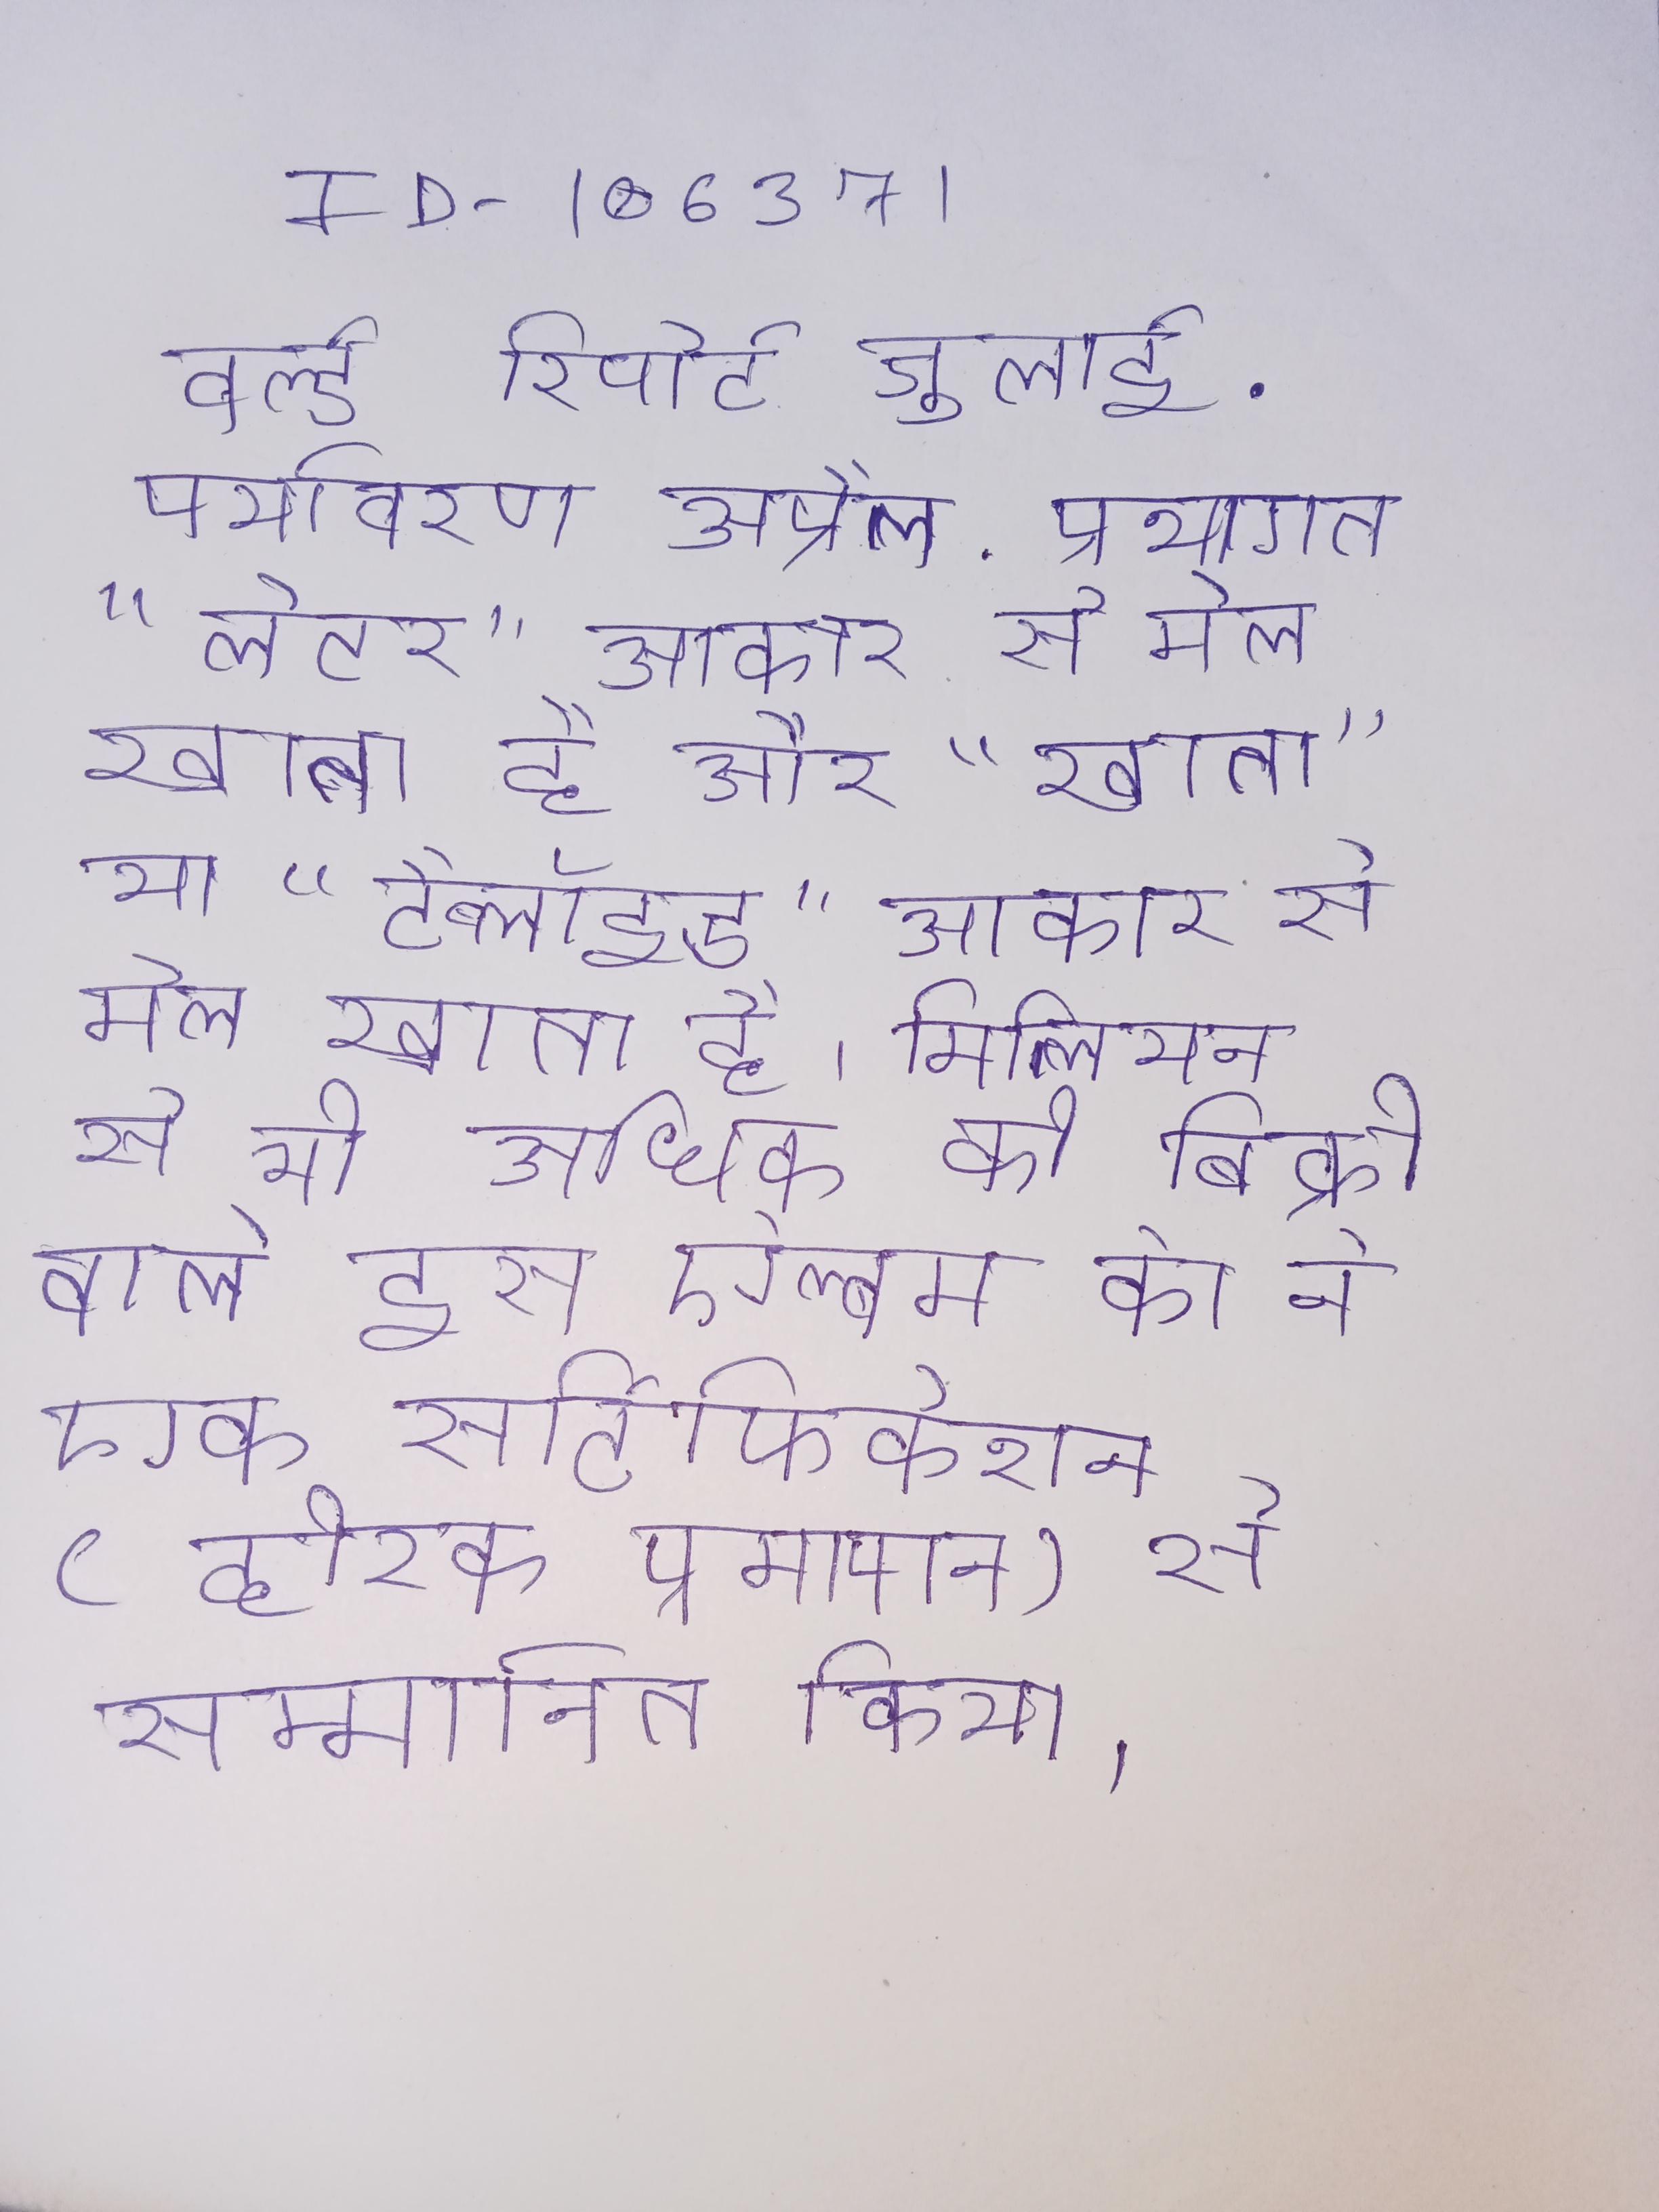
वर्ल्ड रिपोर्ट जुलाई . पर्यावरण अप्रैल . प्रथागत "लेटर" आकार से मेल खाता है और "खाता" या "टैब्लॉइड" आकार से मेल खाता है । मिलियन से भी अधिक की बिक्री वाले इस ऐल्बम को ने एक सर्टिफिकेशन (हीरक प्रमाणन) से सम्मानित किया ।